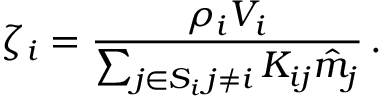
\zeta _ { i } = \frac { \rho _ { i } V _ { i } } { \sum _ { \substack { j \in S _ { i } \, j \neq i } } K _ { i j } \hat { m } _ { j } } \, .